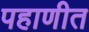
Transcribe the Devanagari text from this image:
पहाणीत